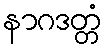
နာဂဒတ္တံ